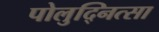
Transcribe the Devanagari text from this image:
पोलुद्नित्सा